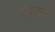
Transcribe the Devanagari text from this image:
वायुयानांे